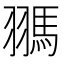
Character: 𩢳